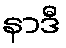
နာဒီ